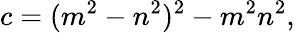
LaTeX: c=(m^{2}-n^{2})^{2}-m^{2}n^{2},